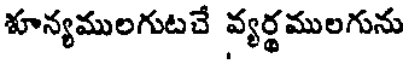
శూన్యములగుటచే వ్యర్థములగును